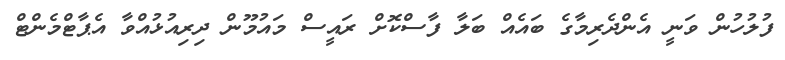
ފުލުހުން ވަނީ އެންދެރިމާގެ ބައެއް ބަލާ ފާސްކޮށް ރައީސް މައުމޫން ދިރިއުޅުއްވާ އެޕާޓްމެންޓް